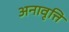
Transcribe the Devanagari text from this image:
अनावृत्ति